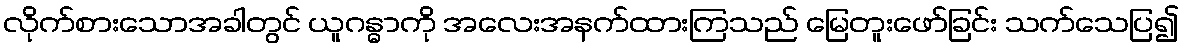
လိုက်စားသောအခါတွင် ယူဂန္ဓာကို အလေးအနက်ထားကြသည် မြေတူးဖော်ခြင်း သက်သေပြ၍